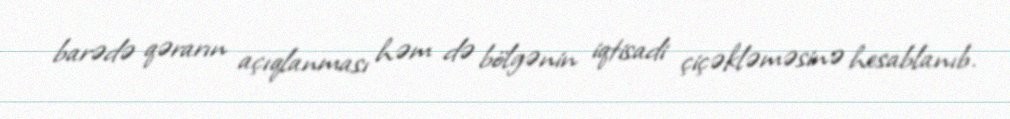
barədə qərarın açıqlanması həm də bölgənin iqtisadi çiçəkləməsinə hesablanıb.